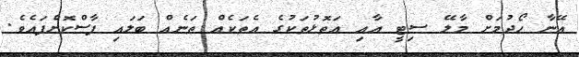
އޭނާ ހޯދުމަށް މާލޭ ސިޓީ އާއި އަތޮޅުތަކުގެ އެތަކެއް ތަނެއް ބަލައި ފާސްކޮށްފައެވެ.